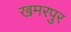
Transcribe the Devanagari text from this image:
खमरपुर